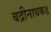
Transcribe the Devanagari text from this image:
बद्रीनाथकडे